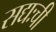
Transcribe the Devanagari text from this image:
सद्यःची